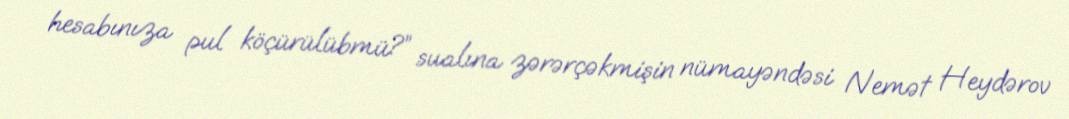
hesabınıza pul köçürülübmü?” sualına zərərçəkmişin nümayəndəsi Nemət Heydərov